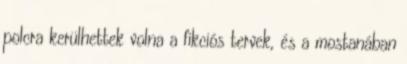
polcra kerülhettek volna a fikciós tervek, és a mostanában